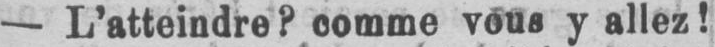
- L’atteindre? comme vous y allez!